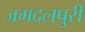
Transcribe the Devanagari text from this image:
जगदलपुरी